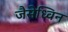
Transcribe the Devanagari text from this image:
जैसेध्विन